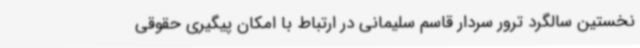
نخستین سالگرد ترور سردار قاسم سلیمانی در ارتباط با امکان پیگیری‌ حقوقی